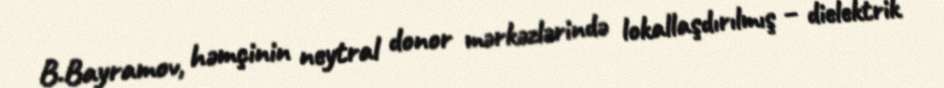
B.Bayramov, həmçinin neytral donor mərkəzlərində lokallaşdırılmış – dielektrik